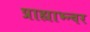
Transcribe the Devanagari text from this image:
प्राह्याभ्न्वर